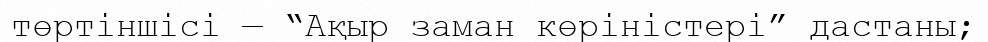
төртіншісі — “Ақыр заман көріністері” дастаны;